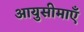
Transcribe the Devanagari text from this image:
आयुसीमाएँ